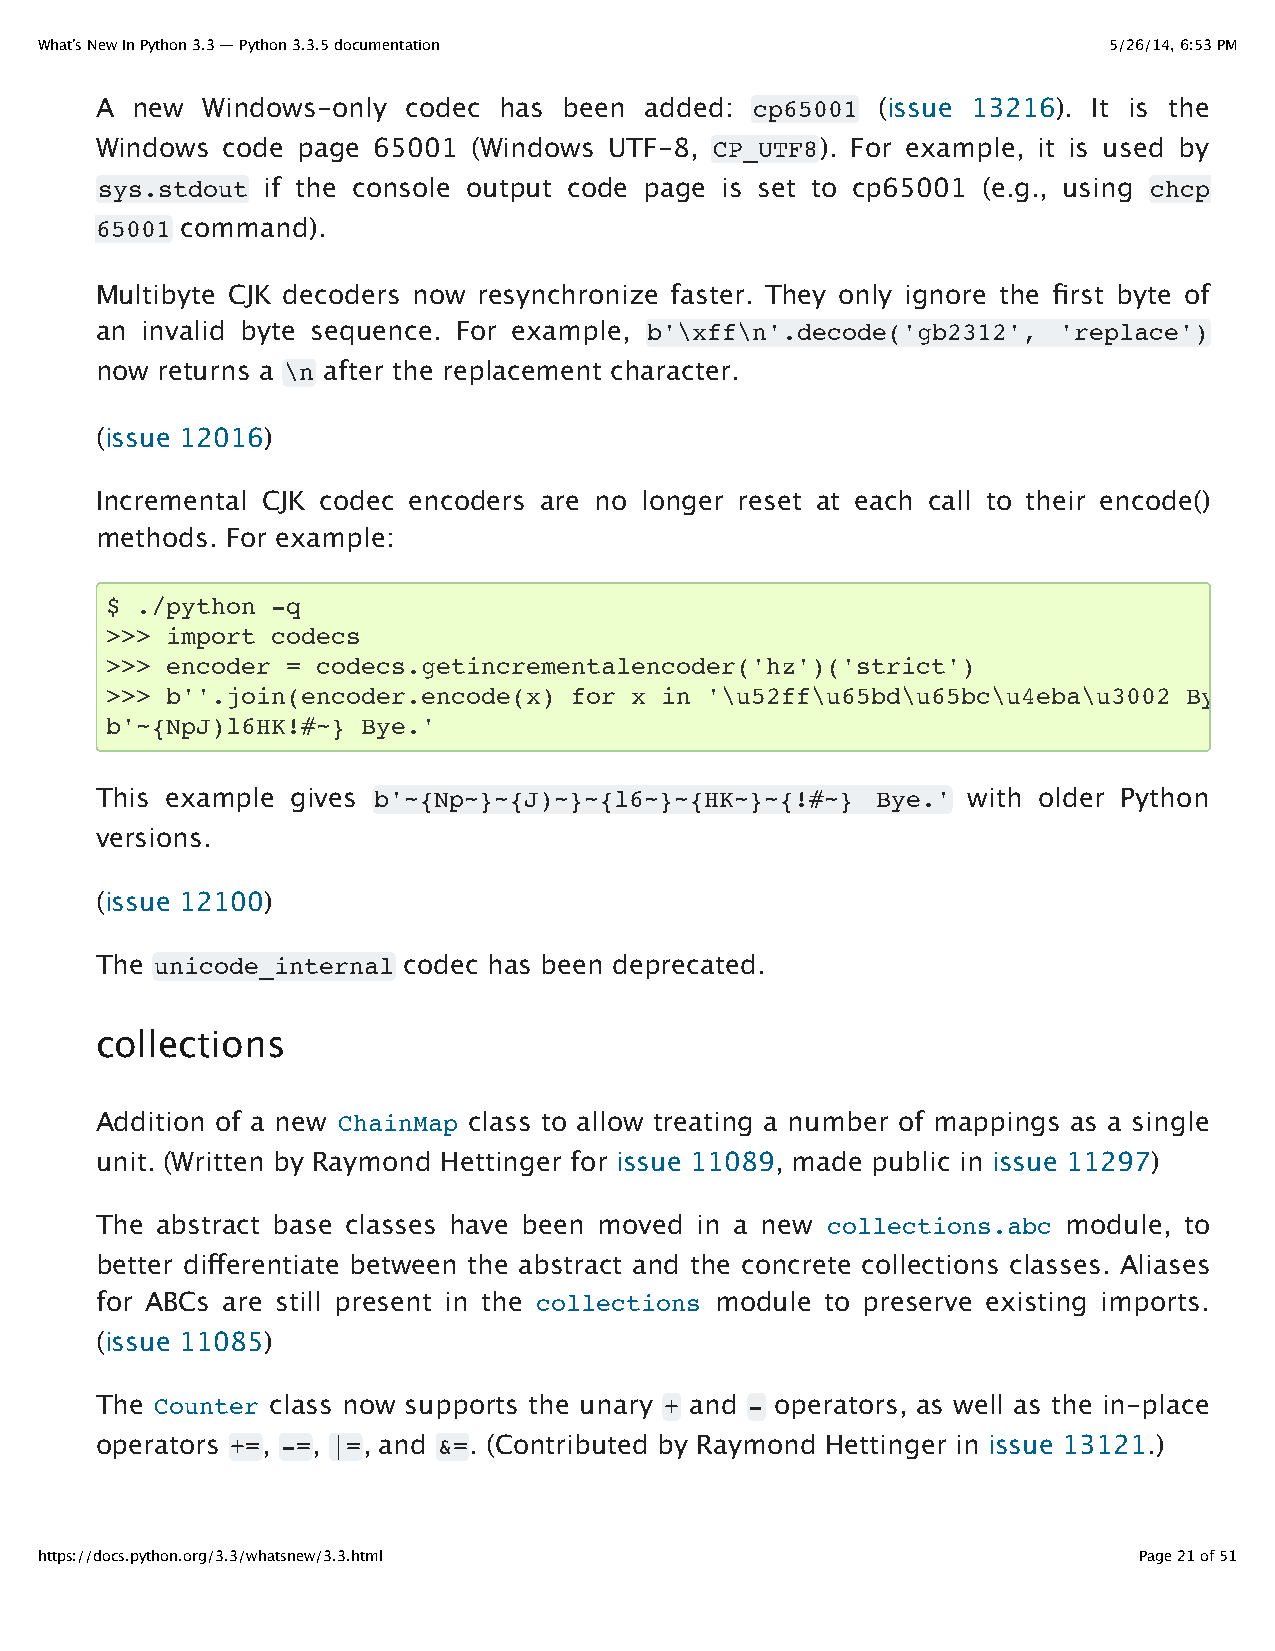
What’s New In Python 3.3 — Python 3.3.5 documentation                  5/26/14, 6:53 PM
 A  new Windows-only  codec has been  added: cp65001 (issue 13216). It is the
 Windows  code page 65001 (Windows UTF-8, CP_UTF8). For example, it is used by
 sys.stdout if the console output code page is set to cp65001 (e.g., using chcp
 65001 command).
 Multibyte CJK decoders now resynchronize faster. They only ignore the first byte of
 an invalid byte sequence. For example, b'\xff\n'.decode('gb2312', 'replace')
 now returns a \n after the replacement character.
 (issue 12016)
 Incremental CJK codec encoders are no longer reset at each call to their encode()
 methods. For example:
 $ ./python -q
 >>> import codecs
 >>> encoder = codecs.getincrementalencoder('hz')('strict')
 >>> b''.join(encoder.encode(x) for x in '\u52ff\u65bd\u65bc\u4eba\u3002 Bye.')
 b'~{NpJ)l6HK!#~} Bye.'
 This example gives b'~{Np~}~{J)~}~{l6~}~{HK~}~{!#~} Bye.' with older Python
 versions.
 (issue 12100)
 The unicode_internal codec has been deprecated.
 collections
 Addition of a new ChainMap class to allow treating a number of mappings as a single
 unit. (Written by Raymond Hettinger for issue 11089, made public in issue 11297)
 The abstract base classes have been moved in a new collections.abc module, to
 better differentiate between the abstract and the concrete collections classes. Aliases
 for ABCs are still present in the collections module to preserve existing imports.
 (issue 11085)
 The Counter class now supports the unary + and - operators, as well as the in-place
 operators +=, -=, |=, and &=. (Contributed by Raymond Hettinger in issue 13121.)
 https://docs.python.org/3.3/whatsnew/3.3.html                            Page 21 of 51